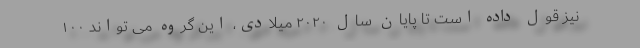
نیز قول داده است تا پایان سال ۲۰۲۰ میلادی، این گروه می تواند ۱۰۰